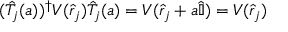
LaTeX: ( { \hat { T } } _ { j } ( a ) ) ^ { \dagger } V ( { \hat { r } } _ { j } ) { \hat { T } } _ { j } ( a ) = V ( { \hat { r } } _ { j } + a { \hat { \mathbb { I } } } ) = V ( { \hat { r } } _ { j } )